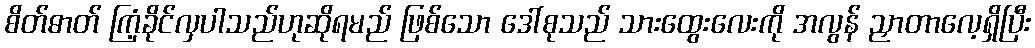
စိတ်ဓာတ် ကြံ့ခိုင်လှပါသည်ဟုဆိုရမည် ဖြစ်သော ဒေါ်စုသည် သားထွေးလေးကို အလွန် ညှာတာလေ့ရှိပြီး